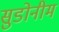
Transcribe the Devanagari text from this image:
सुडोनीम